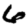
Digit: 6